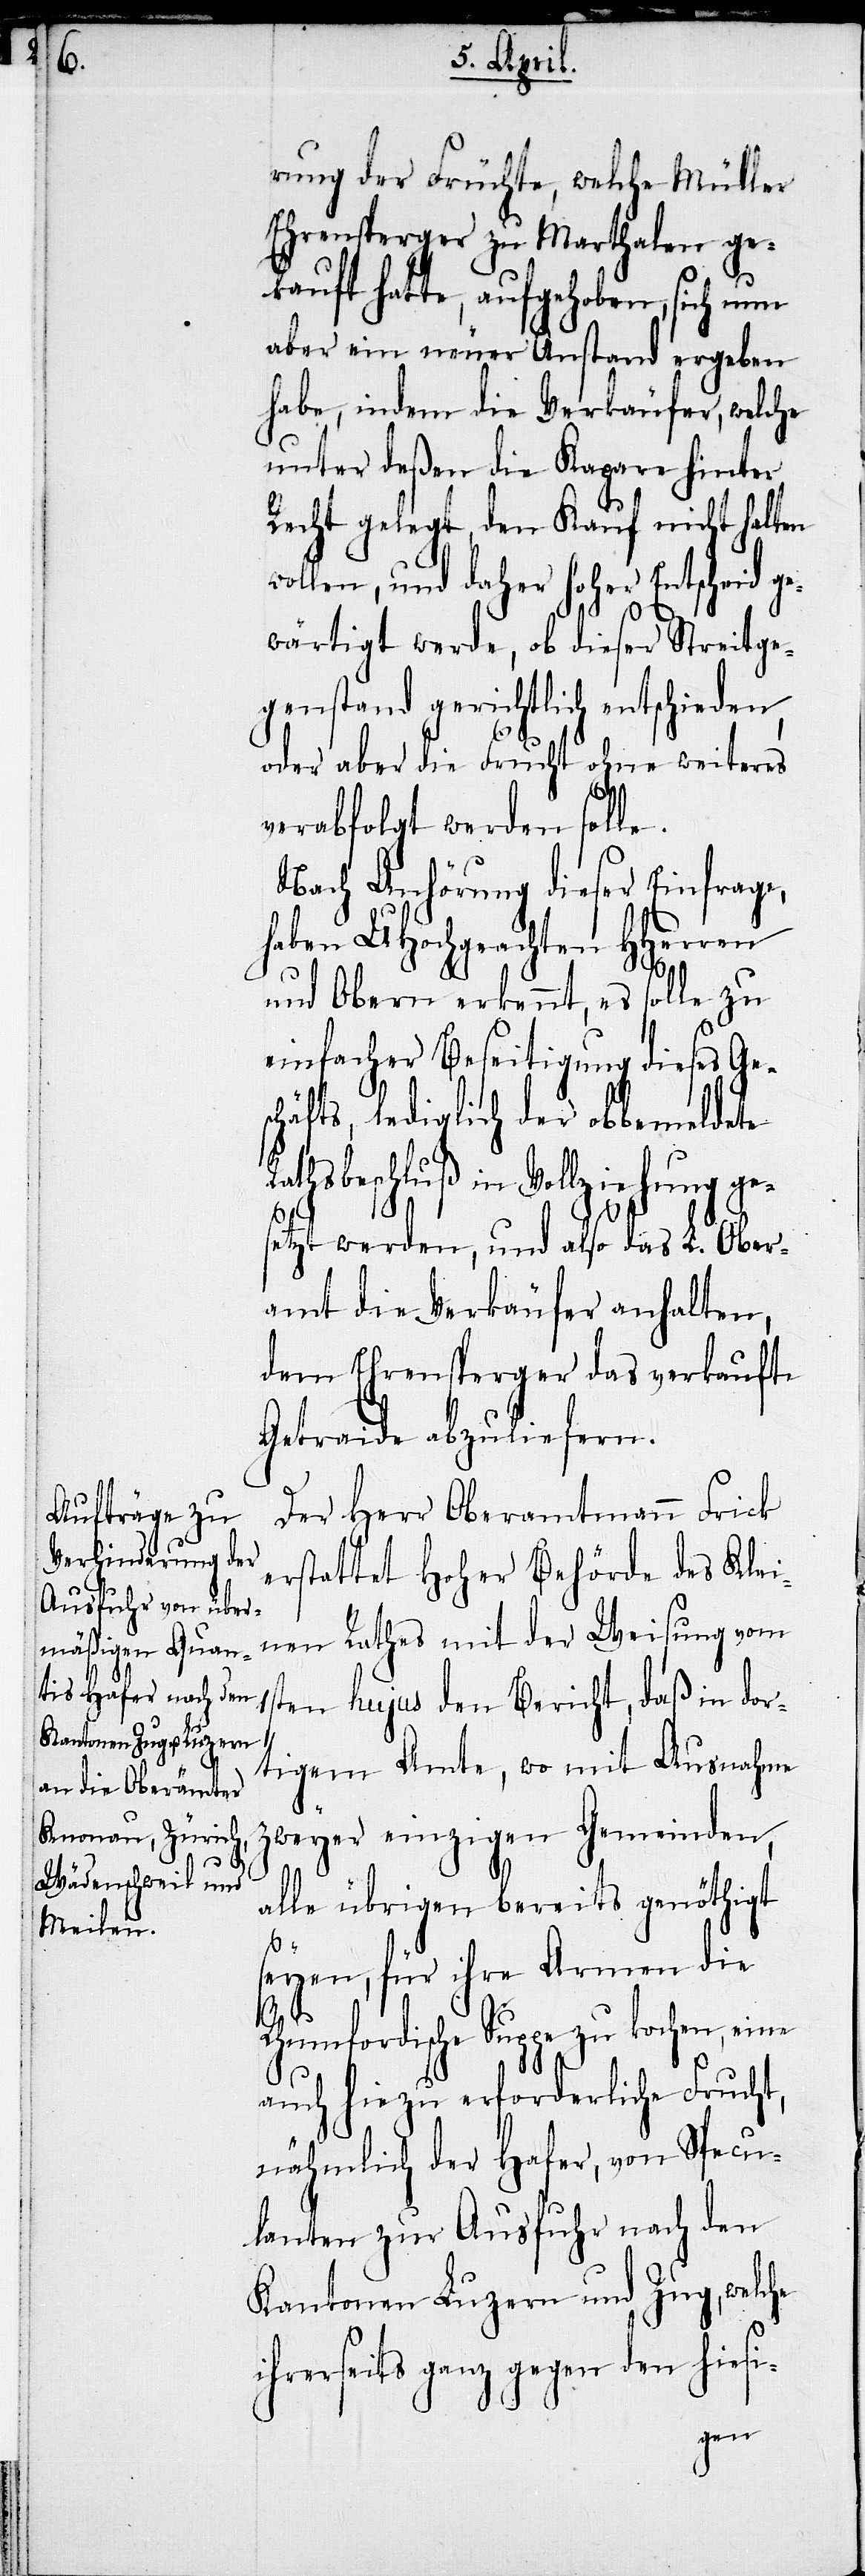
rung der Früchte, welche Müller
Ehrensperger zu Marthalen ge¬
kauft hatte, aufgehoben, sich nun
aber ein neuer Anstand ergeben
habe, indem die Verkäufer, welche
unter deßen die Kapare hinter
Recht gelegt, den Kauf nicht halten
wollen, und daher hoher Entscheid g¬
ewärtigt werde, ob dieser Streitge¬
genstand gerichtlich entschieden,
oder aber die Frucht ohne weiteres
verabfolgt werden solle.
Nach Anhörung dieser Einfrage,
haben UHochgeachten HHerren
und Obern erkennt, es solle zu
einfacher Beseitigung dieses Ges¬
chäfts, lediglich der obbemeldete
Rathsbeschluß in Vollziehung ge¬
setzt werden, und also das L. Ober¬
amt die Verkäufer anhalten,
dem Ehrensperger das verkaufte
Getraide abzuliefern.
Der Herr Oberamtmann Frick
erstattet Hoher Behörde des Klei¬
nen Rathes mit der Weisung vom
1sten hujus den Bericht, daß in dor¬
tigem Amte, wo mit Ausnahme
zweyer einzigen Gemeinden,
alle übrigen bereits genöthigt
seyen, für ihre Armen die
Rhumfordische Suppe zu kochen, eine
auch hiezu erforderliche Frucht,
nähmlich der Hafer, von Specu¬
lanten zur Ausfuhr nach den
Kantonen Luzern und Zug, welche
ihrerseits ganz gegen den hiesi-